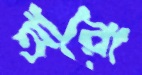
আরো